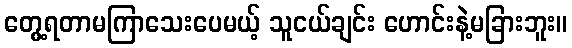
တွေ့ရတာမကြာသေးပေမယ့် သူငယ်ချင်း ဟောင်းနဲ့မခြားဘူး။